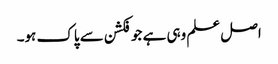
اصل علم وہی ہے جو فکشن سے پاک ہو۔